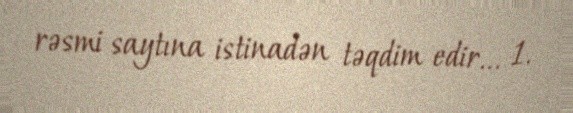
rəsmi saytına istinadən təqdim edir... 1.